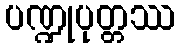
ပဏ္ဍုပုတ္တဿ